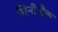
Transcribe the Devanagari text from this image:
मिनीजैक